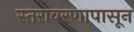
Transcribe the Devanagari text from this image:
स्तरावरणापासून